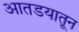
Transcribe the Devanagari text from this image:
आतडयातून